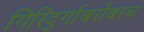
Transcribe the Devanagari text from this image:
गिरिदुर्गाबरोबरच